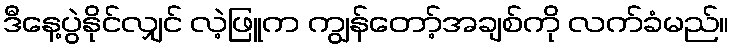
ဒီနေ့ပွဲနိုင်လျှင် လဲ့ဖြူက ကျွန်တော့်အချစ်ကို လက်ခံမည်။